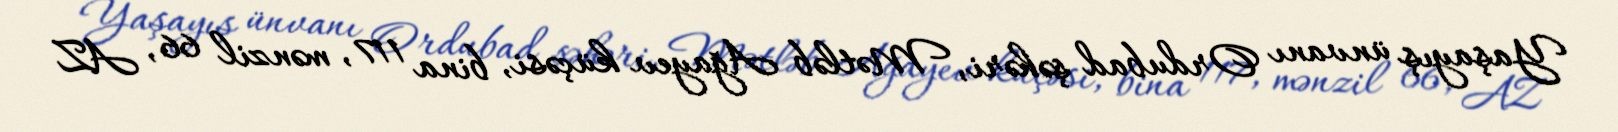
Yaşayış ünvanı Ordubad şəhəri, Mətləb Ağayev küçəsi, bina 117, mənzil 66, AZ